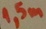
Text: 1,5m